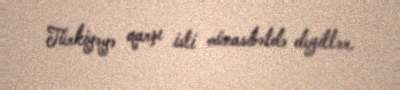
Türkiyəyə qarşı isti münasibətdə deyillər.